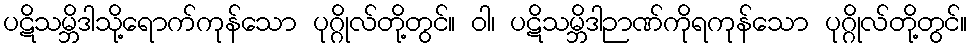
ပဋိသမ္ဘိဒါသို့ရောက်ကုန်သော ပုဂ္ဂိုလ်တို့တွင်။ ဝါ၊ ပဋိသမ္ဘိဒါဉာဏ်ကိုရကုန်သော ပုဂ္ဂိုလ်တို့တွင်။